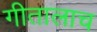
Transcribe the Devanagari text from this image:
गीतालाच